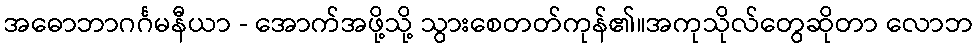
အဓောဘာဂင်္ဂမနီယာ - အောက်အဖို့သို့ သွားစေတတ်ကုန်၏။အကုသိုလ်တွေဆိုတာ လောဘ